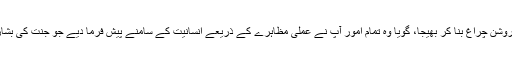
اس کا مطلب یہ ہے کہ ہم نے آپ کو جو روشن چراغ بنا کر بھیجا، گویا وہ تمام امور آپ نے عملی مظاہرے کے ذریعے انسانیت کے سامنے پیش فرما دیے جو جنت کی بشارتوں کے حصول کا ذریعہ ہو سکتے ہیں۔